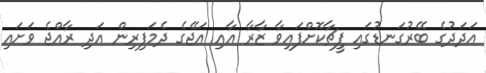
އަދަދުގެ ބޭރުގަނޑުގައި ފީޗާކޮށްފައިވާ ޒާރާ އާއި އަޖޭގެ ދެމަފިރިން އަދި ރާއްޖެ ވަށައި